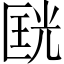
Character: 𱑇